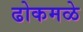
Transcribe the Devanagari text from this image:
ढोकमळे